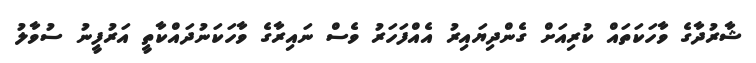
ޝާރުދާގެ ވާހަކަތައް ކުރިއަށް ގެންދިޔައިރު އެއްފަހަރު ވެސް ނައިރާގެ ވާހަކަނުދައްކާތީ އަރުފީނު ސުވާލު